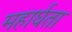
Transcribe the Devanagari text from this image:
महार्घता